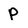
Character: P